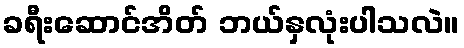
ခရီးဆောင်အိတ် ဘယ်နှလုံးပါသလဲ။